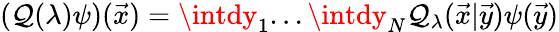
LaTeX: (\mathcal{Q}(\lambda)\psi)({\vec{{x}}})=\intdy_{1}...\intdy_{N}{\cal\mathcal{Q}}_{\lambda}({\vec{{x}}}|{\vec{{y}}})\psi({\vec{{y}}})